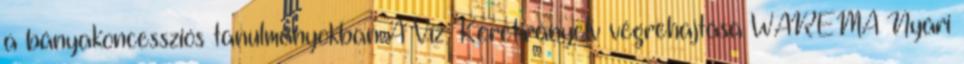
a bányakoncessziós tanulmányokban A Víz Keretirányelv végrehajtása WAREMA Nyári